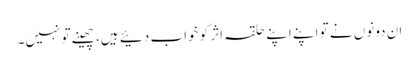
ان دونوں نے تو اپنے اپنے حلقہ اثر کو خواب دئیے ہیں، چھینے تو نہیں۔